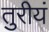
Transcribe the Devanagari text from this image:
तुरीयं